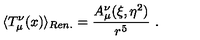
\langle T _ { \mu } ^ { \nu } ( x ) \rangle _ { R e n . } = \frac { A _ { \mu } ^ { \nu } ( \xi , \eta ^ { 2 } ) } { r ^ { 5 } } \ .